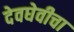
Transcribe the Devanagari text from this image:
देवघेवीचा